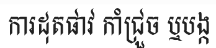
ការដុតផាវ កាំជ្រួច ឬបង្ក